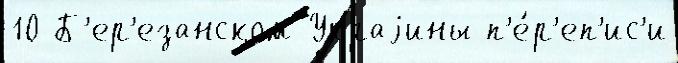
10 Б'ер'езанском Украjины п'е́р'еп'ис'и